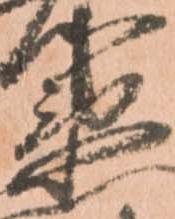
衛